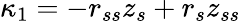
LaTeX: \kappa_{1}=-r_{ss}z_{s}+r_{s}z_{ss}